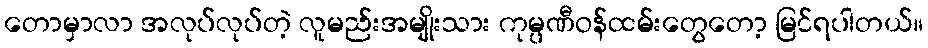
တောမှာလာ အလုပ်လုပ်တဲ့ လူမည်းအမျိုးသား ကုမ္ပဏီဝန်ထမ်းတွေတော့ မြင်ရပါတယ်။